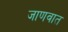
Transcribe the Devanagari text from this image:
जाणवात